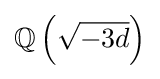
\mathbb {Q} \left({\sqrt {-3d}}\right)